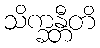
သိက္ခန္တီတိ